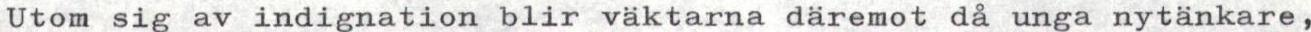
Utom sig av indignation blir väktarna däremot då unga nytänkare,